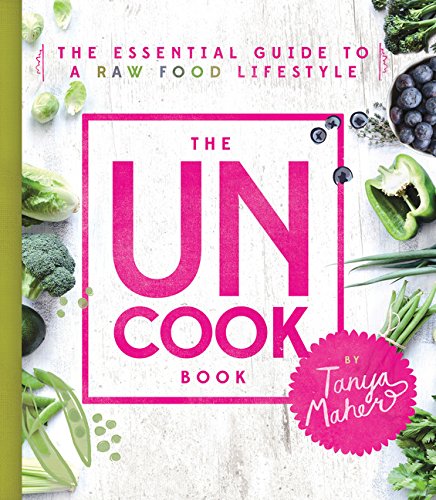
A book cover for The Uncook Book: The Essential Guide to a Raw Food Lifestyle; Tanya Maher; Cookbooks, Food & Wine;